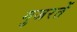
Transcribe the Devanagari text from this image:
गुजरतें